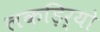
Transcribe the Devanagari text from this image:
लकड़िर्यो